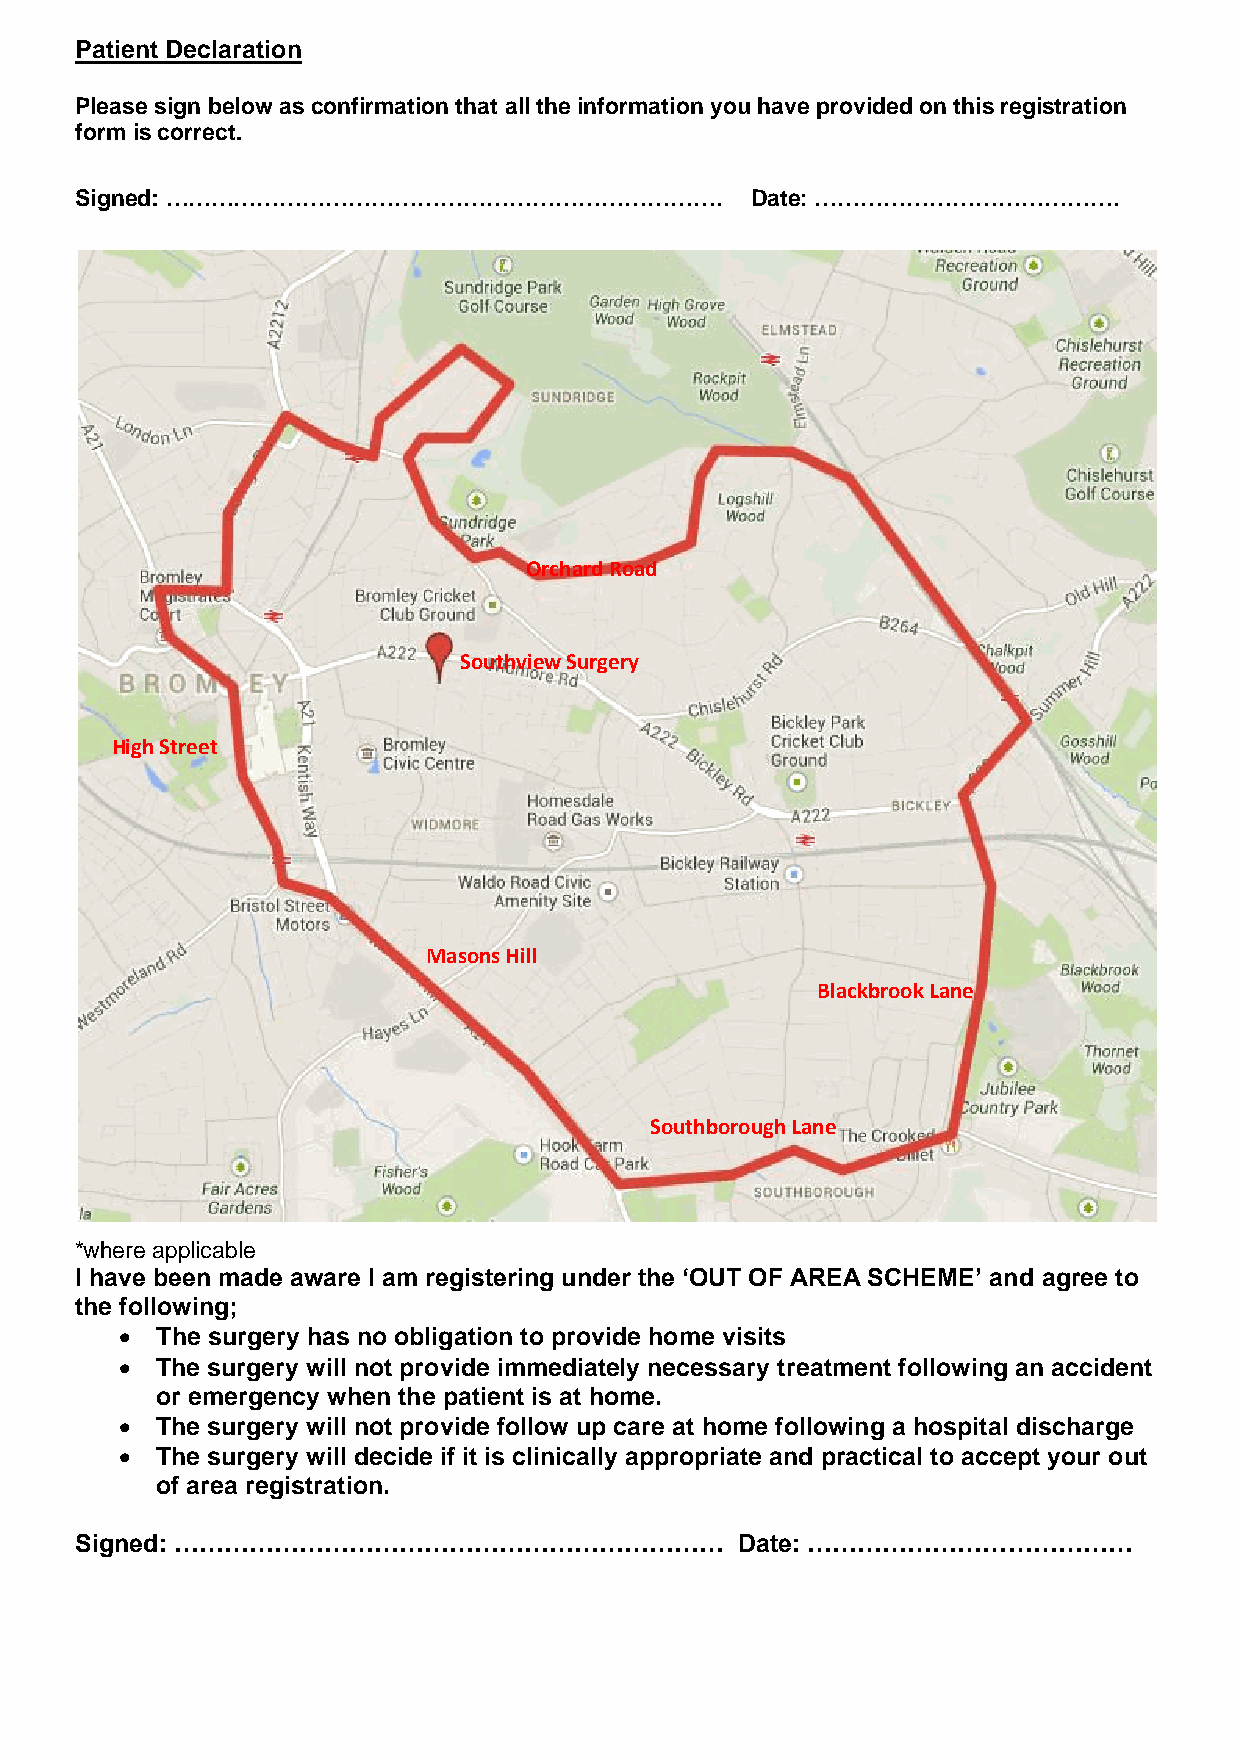
Patient Declaration
 Please sign below as confirmation that all the information you have provided on this registration
 form is correct.
 Signed: ……………………………………………………………….            Date: ………………………………….
 Orchard Road
 Southview Surgery
 High Street
 Masons Hill
 Blackbrook Lane
 Southborough Lane
 *where applicable
 I have been made aware I am registering under the ‘OUT OF AREA SCHEME’ and agree to
 the following;
 • The surgery has no obligation to provide home visits
 • The surgery will not provide immediately necessary treatment following an accident
 or emergency when the patient is at home.
 • The surgery will not provide follow up care at home following a hospital discharge
 • The surgery will decide if it is clinically appropriate and practical to accept your out
 of area registration.
 Signed: …………………………………………………………              Date: …………………………………